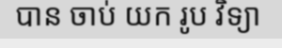
បាន ចាប់ យក រូប វិទ្យា